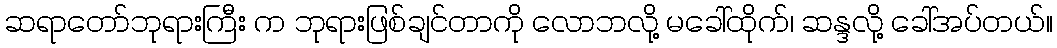
ဆရာတော်ဘုရားကြီး က ဘုရားဖြစ်ချင်တာကို လောဘလို့ မခေါ်ထိုက်၊ ဆန္ဒလို့ ခေါ်အပ်တယ်။